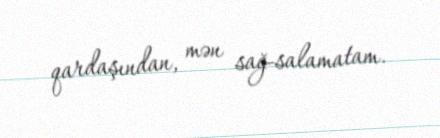
qardaşından, mən sağ-salamatam.